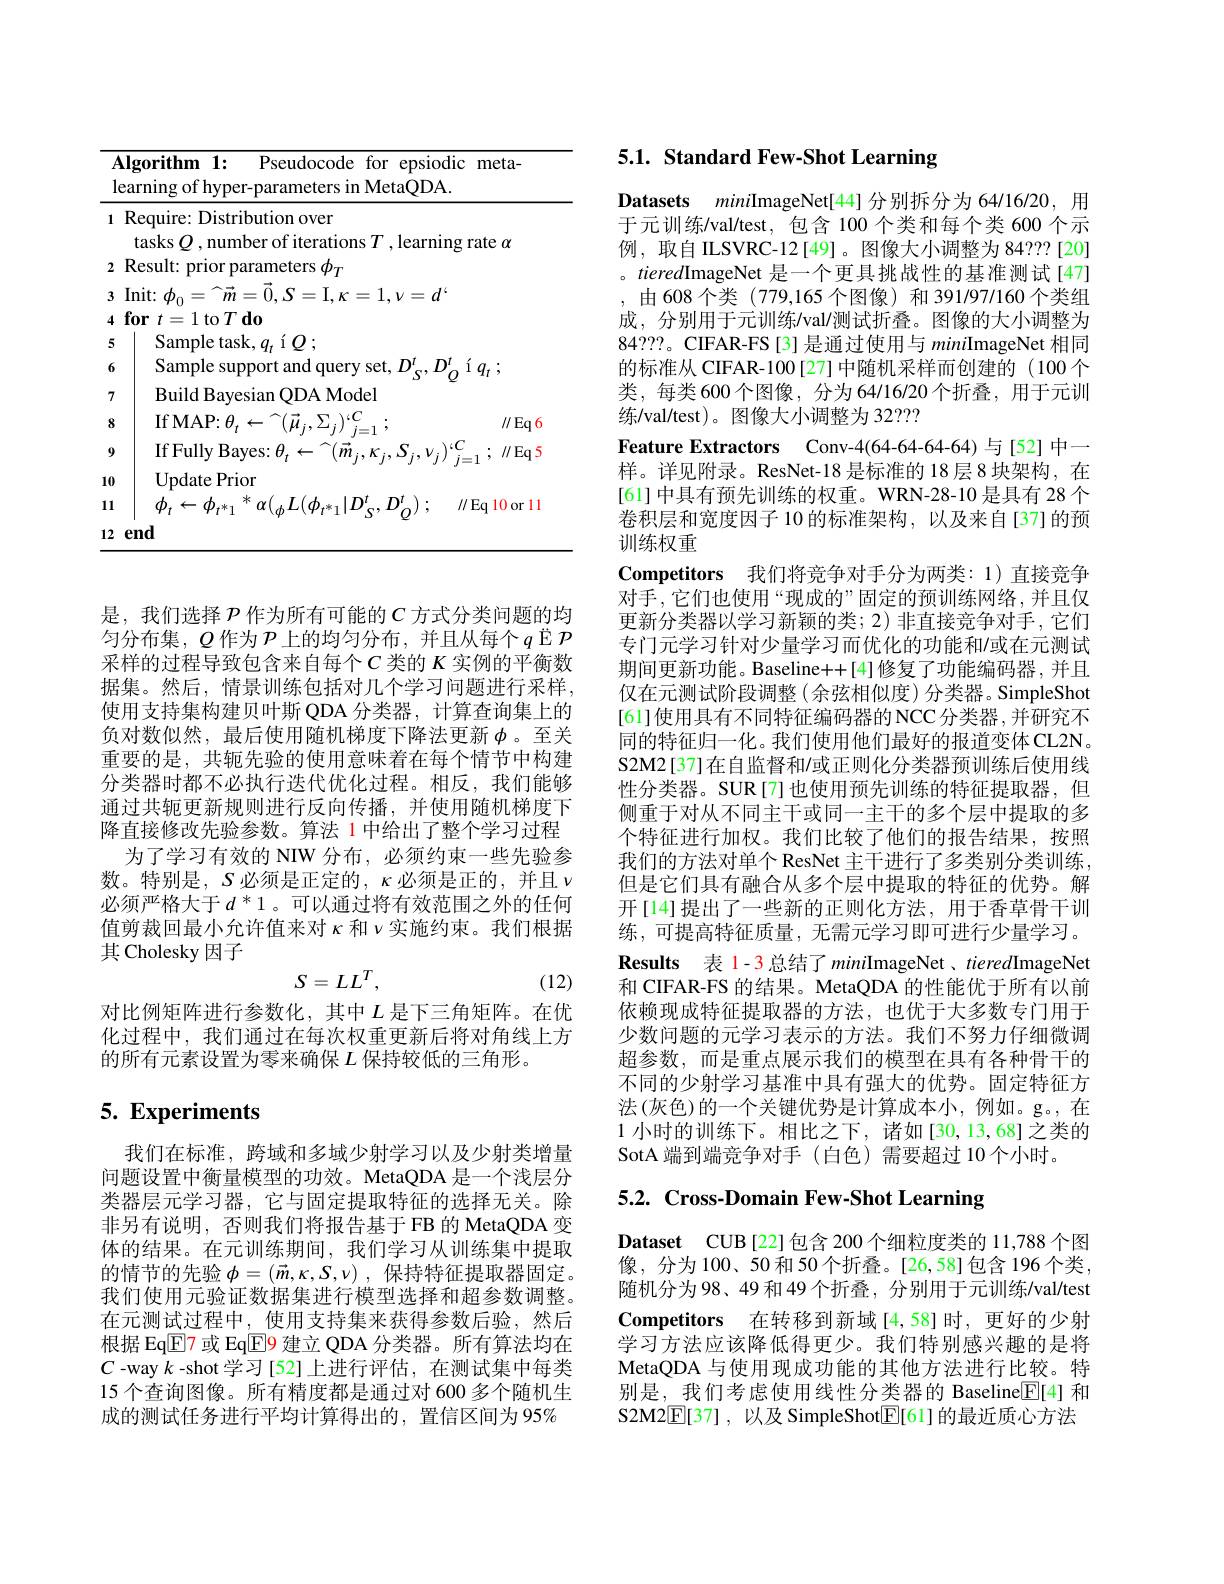
<table>
	<tbody>
		<tr>
			<th>1</th>
			<th>$\textbf{lgorithm}1:$ Pseudocode for epsiodic ${\mathrm{c}}{\mathrm{meta}}$ earning of hyper-parameters in MetaQDA.</th>
		</tr>
		<tr>
			<td>1</td>
			<td>Require: Distribution over tasks $Q$, number of iterations $T$, learning rate $\alpha$</td>
		</tr>
		<tr>
			<td>2</td>
			<td>Result 1erers $rh$</td>
		</tr>
		<tr>
			<td>3</td>
			<td>Init: $\phi _{0}= \overset {\sim }{\operatorname* { m} }= \vec{0} , S=$I$, \kappa = 1, \nu = d`$</td>
		</tr>
		<tr>
			<td>4</td>
			<td>for $t$ 1 to$T$ do 1</td>
		</tr>
		<tr>
			<td>5</td>
			<td>Sample task, $iQ;$ $a$</td>
		</tr>
		<tr>
			<td>6</td>
			<td>Sample support and</td>
		</tr>
		<tr>
			<td>7</td>
			<td>Build Bayesian QDA Model</td>
		</tr>
		<tr>
			<td>8</td>
			<td>$\operatorname{If}{\mathrm{MAP:}}\theta_{t}\leftarrow{}^{\sim}(\vec{\mu}_{i},\Sigma_{i})^{.0}$ $\parallel$Eq</td>
		</tr>
		<tr>
			<td>9</td>
			<td>If Fully Bayes: $\theta_{t}\leftrightarrow$ $S_{i},V_{i}|^{\cdot\circ}.$ //Eq</td>
		</tr>
		<tr>
			<td>10</td>
			<td>Update Prior</td>
		</tr>
		<tr>
			<td>11</td>
			<td>$\phi_{t}\leftarrow\phi_{t^{*}1}$ $\alpha({}_{\phi}L(\phi_{t^{*}1}|D_{\mathrm{S}}^{\iota}$, $, D_{o}^{r})$ ; $\parallel$Eq 10 or 11</td>
		</tr>
		<tr>
			<td>12</td>
			<td>end</td>
		</tr>
	</tbody>
</table>

是，我们选择$\mathcal{P}$作为所有可能的$C$方式分类问题的均匀分布集，$Q$作为$\mathcal{P}$上的均匀分布，并且从每个$q$ Ё$\mathcal{P}$ 采样的过程导致包含来自每个$C$类的$K$实例的平衡数据集。然后，情景训练包括对几个学习问题进行采样， 使用支持集构建贝叶斯 QDA 分类器，计算查询集上的负对数似然，最后使用随机梯度下降法更新$\phi$。至关重要的是，共轭先验的使用意味着在每个情节中构建分类器时都不必执行迭代优化过程。相反，我们能够通过共轭更新规则进行反向传播，并使用随机梯度下降直接修改先验参数。算法 1 中给出了整个学习过程
为了学习有效的 NIW 分布，必须约束一些先验参数。特别是，$S$必须是正定的，$\kappa$必须是正的，并且$\nu$ 必须严格大于$d^*1$。可以通过将有效范围之外的任何值剪裁回最小允许值来对$\kappa$ 和$\nu$实施约束。我们根据其 Cholesky 因子
$$S=LL^{T},$$
(12)

对比例矩阵进行参数化，其中$L$ 是下三角矩阵。在优化过程中，我们通过在每次权重更新后将对角线上方的所有元素设置为零来确保$L$ 保持较低的三角形。

# 5. Experiments

我们在标准，跨域和多域少射学习以及少射类增量问题设置中衡量模型的功效。MetaQDA 是一个浅层分类器层元学习器，它与固定提取特征的选择无关。除非另有说明，否则我们将报告基于 FB 的 MetaQDA 变体的结果。在元训练期间，我们学习从训练集中提取的情节的先验$\phi = ( \vec{m} , \kappa , S, \nu )$ ,保持特征提取器固定。我们使用元验证数据集进行模型选择和超参数调整。在元测试过程中，使用支持集来获得参数后验，然后根据 Eq$\boxed{\mathrm{F}}$7 或 Eq$\boxed{\mathrm{F}}$9 建立 QDA 分类器。所有算法均在$C$ -way $k$ -shot 学习[52]上进行评估，在测试集中每类15 个查询图像。所有精度都是通过对 600 多个随机生成的测试任务进行平均计算得出的，置信区间为95%

# 5.1. Standard Few-Shot Learning

Datasets miniImageNet[44]分别拆分为64/16/20, 用于元训练/val/test,包含 100 个类和每个类 600 个示例，取自 ILSVRC-12[49]。图像大小调整为 84???[20] 。tieredImageNet 是一个更具挑战性的基准测试[47] ,由608个类(779,165个图像)和391/97/160个类组成，分别用于元训练/val/测试折叠。图像的大小调整为84???。CIFAR-FS[3] 是通过使用与miniImageNet 相同的标准从 CIFAR-100[27]中随机采样而创建的(100个类，每类600个图像，分为64/16/20个折叠，用于元训练/val/test)。图像大小调整为 32???

Competitors 我们将竞争对手分为两类：1)直接竞争

Feature Extractors Conv-4(64-64-64-64) 与[52] 中一样。详见附录。ResNet-18 是标准的 18层 8 块架构，在[61] 中具有预先训练的权重。WRN-28-10 是具有 28 个卷积层和宽度因子 10 的标准架构，以及来自[37]的预训练权重
对手，它们也使用“现成的”固定的预训练网络，并且仅更新分类器以学习新颖的类；2)非直接竞争对手，它们专门元学习针对少量学习而优化的功能和/或在元测试期间更新功能。Baseline++[4]修复了功能编码器，并且仅在元测试阶段调整(余弦相似度)分类器。SimpleShot [61]使用具有不同特征编码器的NCC分类器，并研究不同的特征归一化。我们使用他们最好的报道变体 CL2N。S2M2[37]在自监督和/或正则化分类器预训练后使用线性分类器。SUR[7]也使用预先训练的特征提取器，但侧重于对从不同主干或同一主干的多个层中提取的多个特征进行加权。我们比较了他们的报告结果，按照我们的方法对单个 ResNet 主干进行了多类别分类训练， 但是它们具有融合从多个层中提取的特征的优势。解开[14]提出了一些新的正则化方法，用于香草骨干训练，可提高特征质量，无需元学习即可进行少量学习。Results 表 1-3 总结了 miniImageNet , tieredImageNet 和 CIFAR-FS 的结果。MetaQDA 的性能优于所有以前依赖现成特征提取器的方法，也优于大多数专门用于少数问题的元学习表示的方法。我们不努力仔细微调超参数，而是重点展示我们的模型在具有各种骨干的不同的少射学习基准中具有强大的优势。固定特征方法(灰色)的一个关键优势是计算成本小，例如。g。在1小时的训练下。相比之下，诸如[30,13,68]之类的SotA 端到端竞争对手 (白色)需要超过10个小时。
5.2. Cross-Domain Few-Shot Learning

Competitors 在转移到新域[4,58]时，更好的少射学习方法应该降低得更少。我们特别感兴趣的是将

Dataset CUB[22]包含 200个细粒度类的 11,788 个图像，分为100、50和50个折叠。[26,58]包含196个类， 随机分为98、49和49个折叠，分别用于元训练/val/test MetaQDA 与使用现成功能的其他方法进行比较。特别是，我们考虑使用线性分类器的 Baseline$\mathbb{E}[4]$和S2M2$\underline {\mathbb{E} }[ 37]$ , 以及 SimpleShot$\underline{\mathbb{E}}[61]$的最近质心方法